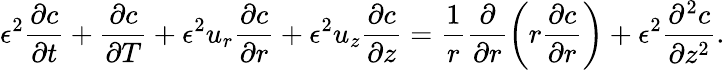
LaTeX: \epsilon^{2}\frac{\partial c}{\partial t}+\frac{\partial c}{\partial T}+\epsilon^{2}u_{r}\frac{\partial c}{\partial r}+\epsilon^{2}u_{z}\frac{\partial c}{\partial z}=\frac{1}{r}\frac{\partial}{\partial r}\left(r\frac{\partial c}{\partial r}\right)+\epsilon^{2}\frac{\partial^{2}c}{\partial z^{2}}.